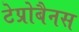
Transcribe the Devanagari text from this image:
टेप्रोबैनस